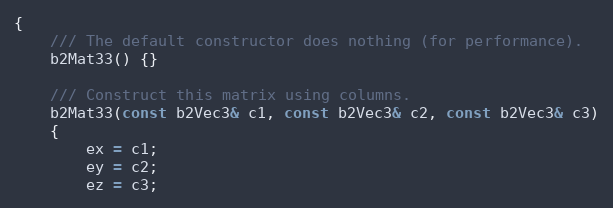
Language: C
{
	/// The default constructor does nothing (for performance).
	b2Mat33() {}

	/// Construct this matrix using columns.
	b2Mat33(const b2Vec3& c1, const b2Vec3& c2, const b2Vec3& c3)
	{
		ex = c1;
		ey = c2;
		ez = c3;